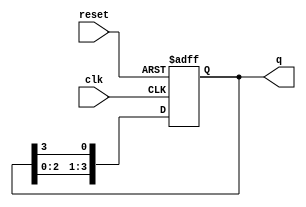
module ring_counter (
    input wire clk,        // Clock signal
    input wire reset,      // Asynchronous reset signal
    output reg [N-1:0] q   // Output state of the ring counter
);
    parameter N = 4;       // Number of flip-flops (states in the ring counter)

    // Initial state
    initial begin
        q = 1;             // Initialize the counter to 0001
    end

    // Always block for the ring counter operation
    always @(posedge clk or posedge reset) begin
        if (reset) begin
            q <= 1;        // Reset state to 0001
        end else begin
            q <= {q[N-2:0], q[N-1]}; // Shift the '1' to the next flip-flop
        end
    end
endmodule